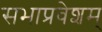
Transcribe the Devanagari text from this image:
सभाप्रवेशम्